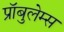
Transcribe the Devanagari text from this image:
प्रॉबुलेम्स